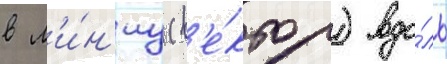
в л'и́н'иу (в'е́ктор) вдо́ль